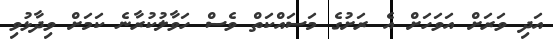
އަދި ވަރަށް އަވަހަށް އެ ރަށުގެ މަސައްކަތް ވެސް ހަވާލުކުރާނެ ކަމަށް ވިދާޅުވި